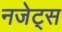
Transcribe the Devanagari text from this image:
नजेट्स